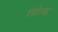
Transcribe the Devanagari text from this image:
रंदोल्फ